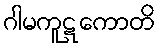
ဂါမကူဋကောတိ